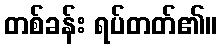
တစ်ခန်း ရပ်တတ်၏။